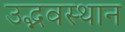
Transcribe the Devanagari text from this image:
उद्भवस्थान